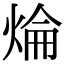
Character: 㷍